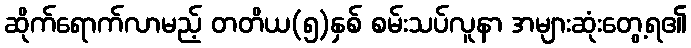
ဆိုက်ရောက်လာမည့် တတိယ(၅)နှစ် စမ်းသပ်လူနာ အများဆုံးတွေ့ရ၏